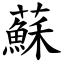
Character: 蘇